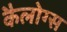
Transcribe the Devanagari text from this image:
कैलोग्स